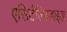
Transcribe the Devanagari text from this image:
एसिटैल्डिहाइड